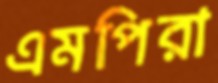
এমপিরা